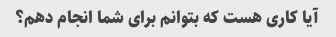
آیا کاری هست که بتوانم برای شما انجام دهم؟